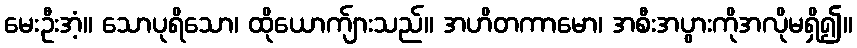
မေးဦးအံ့။ သောပုရိသော၊ ထိုယောက်ျားသည်။ အဟိတကာမော၊ အစီးအပွားကိုအလိုမရှိ၍။